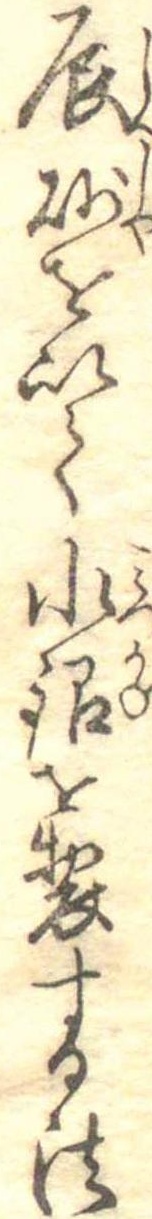
辰砂を以て水銀を製する法